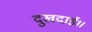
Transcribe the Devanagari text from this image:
दुखदाई।।